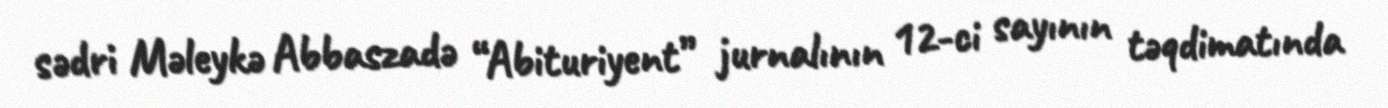
sədri Məleykə Abbaszadə “Abituriyent” jurnalının 12-ci sayının təqdimatında